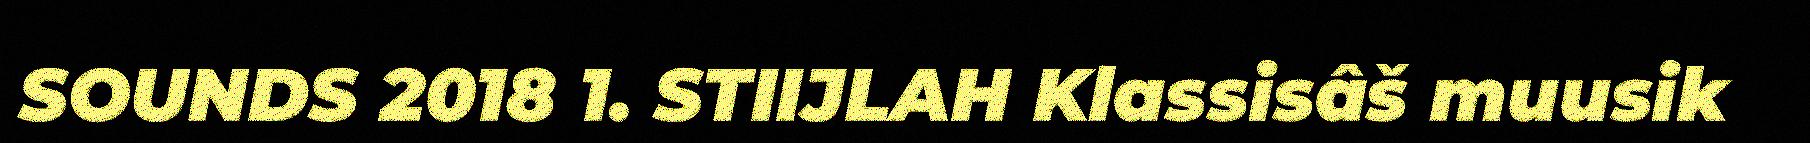
SOUNDS 2018 1. STIIJLAH Klassisâš muusik